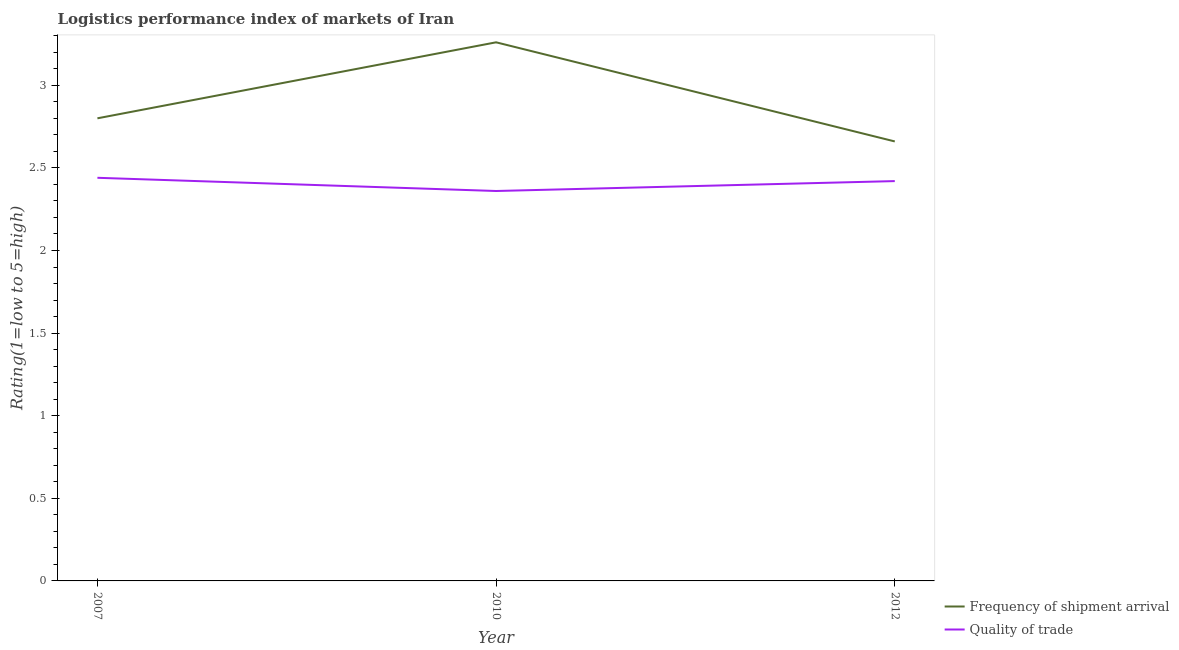
| Year | Frequency of shipment arrival | Quality of trade |
 | --- | --- | --- |
 | 2007 | 2.8 | 2.44 |
 | 2010 | 3.26 | 2.36 |
 | 2012 | 2.66 | 2.42 |